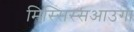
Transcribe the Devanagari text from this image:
मिस्सिस्सआउगा